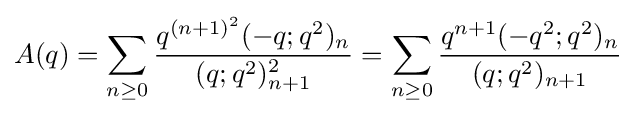
A(q)=\sum _{n\geq 0}{\frac {q^{(n+1)^{2}}(-q;q^{2})_{n}}{(q;q^{2})_{n+1}^{2}}}=\sum _{n\geq 0}{\frac {q^{n+1}(-q^{2};q^{2})_{n}}{(q;q^{2})_{n+1}}}